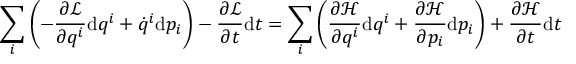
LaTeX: \sum _ { i } \left( - { \frac { \partial { \mathcal { L } } } { \partial q ^ { i } } } \mathrm { d } q ^ { i } + { \dot { q } } ^ { i } \mathrm { d } p _ { i } \right) - { \frac { \partial { \mathcal { L } } } { \partial t } } \mathrm { d } t = \sum _ { i } \left( { \frac { \partial { \mathcal { H } } } { \partial q ^ { i } } } \mathrm { d } q ^ { i } + { \frac { \partial { \mathcal { H } } } { \partial p _ { i } } } \mathrm { d } p _ { i } \right) + { \frac { \partial { \mathcal { H } } } { \partial t } } \mathrm { d } t